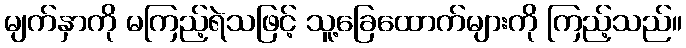
မျက်နှာကို မကြည့်ရဲသဖြင့် သူ့ခြေထောက်များကို ကြည့်သည်။